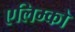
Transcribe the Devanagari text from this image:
एलिम्को